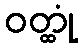
ဝတ္ထုံ